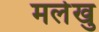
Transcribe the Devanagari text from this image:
मलेखु